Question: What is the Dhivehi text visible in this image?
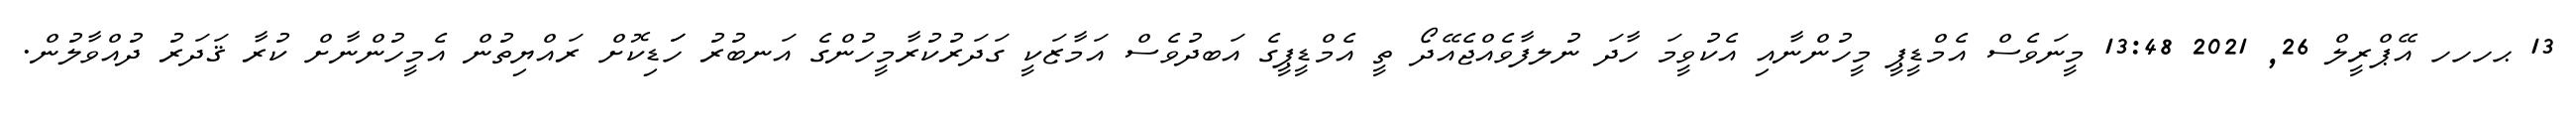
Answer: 13 ޙހހހ އޭޕްރީލް 26, 2021 13:48 މީނަވެސް އެމްޑީޕީ މީހުންނާއި އެކުވީމަ ހާދަ ނުލފާވެއްޖެއޭދޯ ތީ އެމްޑީޕީގެ އަބދުވެސް އަމާޒަކީ ގަދަރުކުރާމީހުންގެ އަނބުރު ހަަޑިކޮށް ރައްޔިތުން އެމީހުންނާށް ކުރާ ޤަދަރު ދުއްވާލުން.